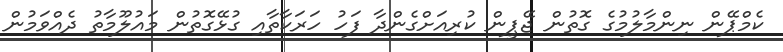
ކެމްޕޭން ނިންމާލުމުގެ ގޮތުން ޖޭޕީން ކުރިއަށްގެންދާ ފަހު ހަރަކާތާއި ގުޅޭގޮތުން މައުލޫމާތު ދެއްވަމުން